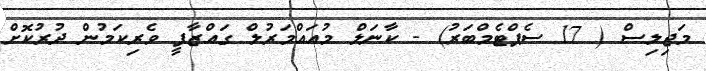
މަޖިލިސް ( 17 ސެޕްޓެމްބަރު) - ކާނަލް މުއައްމަރުލް ގައްޒާފީ ވެރިކަމުން ދުރުކޮށް